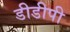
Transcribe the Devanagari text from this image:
डीडीपी